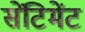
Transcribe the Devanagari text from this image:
सेंटिमेंट